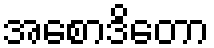
အစောဒိတော